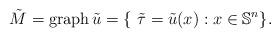
LaTeX: \begin{align*}\tilde{M} = \mathrm{graph } \, \tilde{u} = \{\ \tilde{\tau} = \tilde{u} (x): x \in \mathbb{S}^n \}.\end{align*}